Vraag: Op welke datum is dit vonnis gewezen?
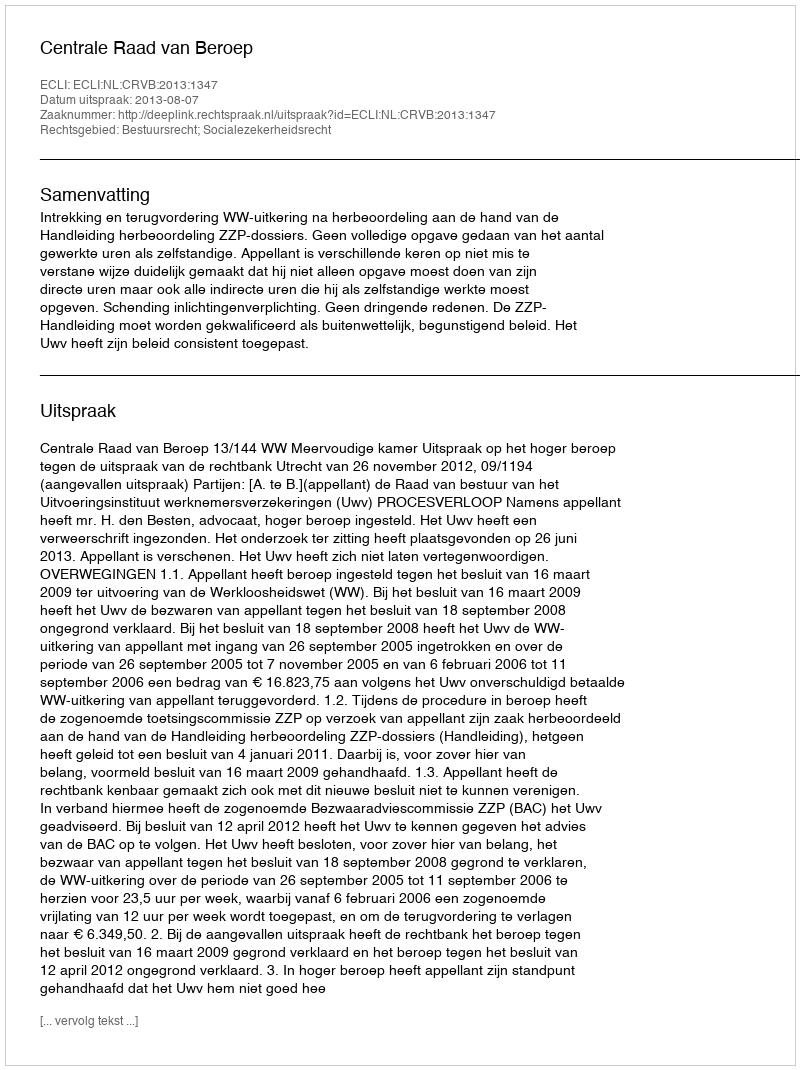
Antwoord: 2013-08-07